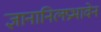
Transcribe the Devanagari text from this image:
ज्ञानानिलप्रभावेन